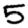
Digit: 5